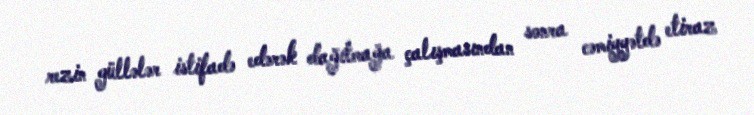
rezin güllələr istifadə edərək dağıtmağa çalışmasından sonra cəmiyyətdə etiraz